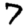
Digit: 7